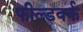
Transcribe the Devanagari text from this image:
फील्डवर्क